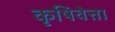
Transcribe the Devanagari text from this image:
कृषिवेत्ता